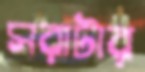
সরাটার